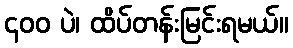
၄၀၀ ပဲ၊ ထိပ်တန်းမြင်းရမယ်။